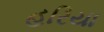
હરિયા